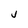
Character: j